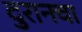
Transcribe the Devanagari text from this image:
दुरानचा